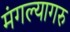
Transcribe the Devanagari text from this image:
मंगल्यागरु